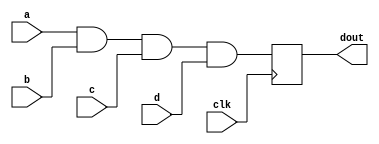
module SRQC_FPGA(clk,a,b,c,d,dout);
	input clk;
	input a,b,c,d;
	
	output reg dout;
	
	always @ (posedge clk)
		begin
			dout<=a&b&c&d;
		end

endmodule